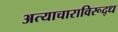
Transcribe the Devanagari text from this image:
अत्याचाराविरूद्ध